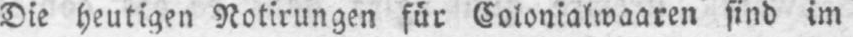
Die heutigen Notirungen für Colonialwaaren sind im